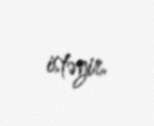
istəyir.